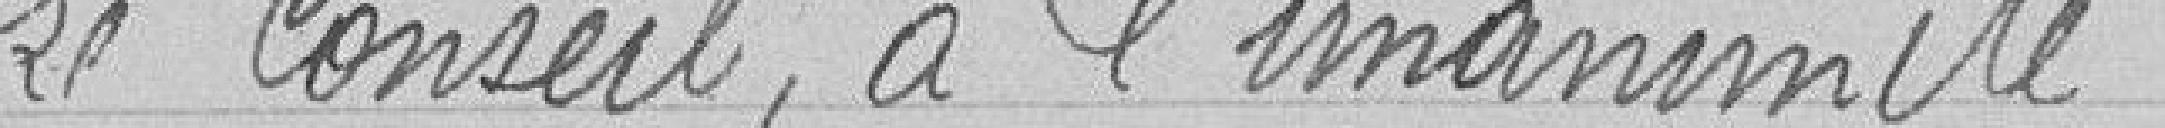
Le Conseil, à l'unanimité,